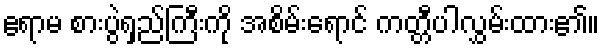
ဧရာမ စားပွဲရှည်ကြီးကို အစိမ်းရောင် ကတ္တီပါလွှမ်းထား၏။